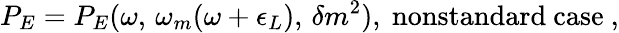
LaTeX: P_{E}=P_{E}(\omega,\, \omega_{m}(\omega+\epsilon_{L}),\, \delta m^{2}),\ \mathrm{nonstandard\ case}\ ,